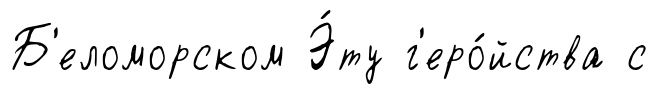
Б'еломорском Э́ту г'еро́йства с